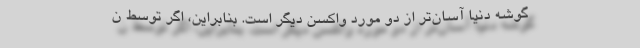
گوشه دنیا آسان‌تر از دو مورد واکسن دیگر است. بنابراین، اگر توسط ن